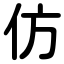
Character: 仿